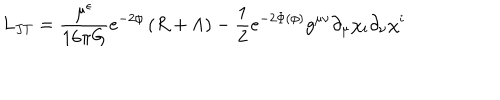
LaTeX: L _ { J T } = \frac { \mu ^ { \epsilon } } { 1 6 \pi G } e ^ { - 2 \phi } \left( R + \Lambda \right) - { \frac { 1 } { 2 } } e ^ { - 2 \Phi ( \phi ) } g ^ { \mu \nu } \partial _ { \mu } \chi _ { i } \partial _ { \nu } \chi ^ { i }